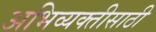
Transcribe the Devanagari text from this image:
अभिव्यक्तीसाठी